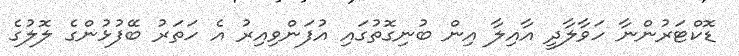
ޑޮކްޓަރުންނާ ހަވާލާދީ އާއިލާ އިން ބުނިގޮތުގައި އުފަންވިއިރު އެ ހަތަރު ބޭފުޅުންގެ ލޮލުގެ